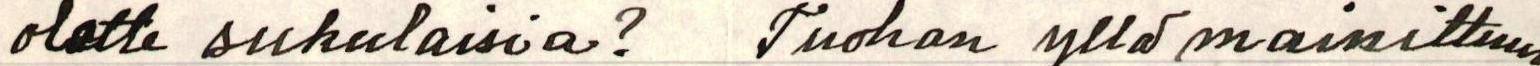
olette sukulaisia?  Tuohan yllä mainittuun